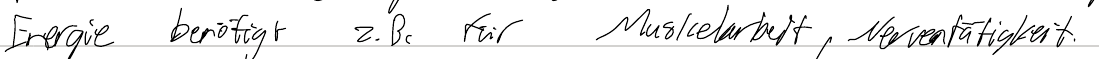
Energie benötigt z.B. für Muskelarbeit, Nerventätigkeit.